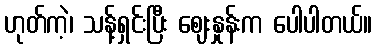
ဟုတ်ကဲ့၊ သန့်ရှင်းပြီး ဈေးနှုန်းက ပေါပါတယ်။